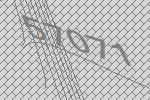
57071